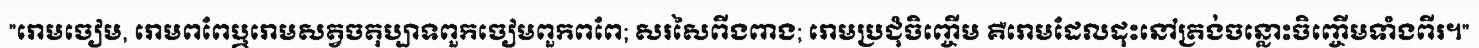
"រោមចៀម, រោមពពែឬរោមសត្វចតុប្បាទពួកចៀមពួកពពែ; សរសៃពីងពាង; រោមប្រជុំចិញ្ចើម គឺរោមដែលដុះនៅត្រង់ចន្លោះចិញ្ចើមទាំងពីរ។"